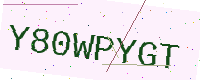
Text: Y80WPYGT